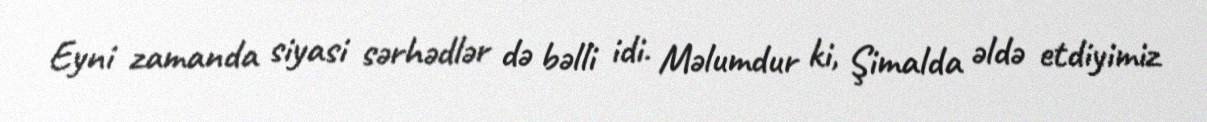
Eyni zamanda siyasi sərhədlər də bəlli idi. Məlumdur ki, Şimalda əldə etdiyimiz